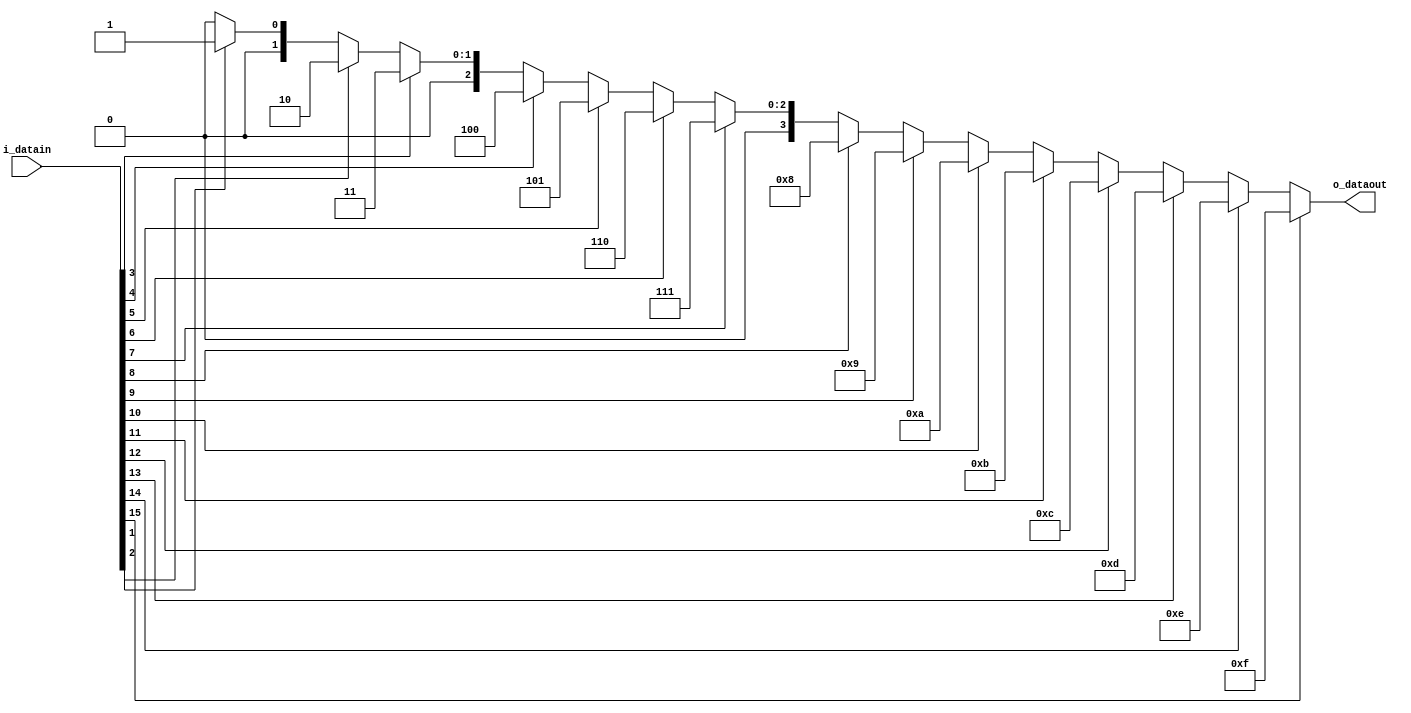


   module encoder_16(i_datain,o_dataout);
   input [15:0]i_datain;
   output reg [3:0] o_dataout = 0;
   
   always@(*)
     begin
	     if(i_datain[15])
		    o_dataout <= 15;
		 else if(i_datain[14])
            o_dataout <= 14;
         else if(i_datain[13])
            o_dataout <= 13;
         else if(i_datain[12])
            o_dataout <= 12;
	     else if(i_datain[11])
            o_dataout <= 11;
         else if(i_datain[10])
            o_dataout <= 10;
         else if(i_datain[9])
            o_dataout <= 9;	
         else if(i_datain[8])
            o_dataout <= 8;
		 else if(i_datain[7])
            o_dataout <= 7;	
         else if(i_datain[6])
            o_dataout <= 6;
         else if(i_datain[5])
            o_dataout <= 5;
         else if(i_datain[4])
            o_dataout <= 4;
	     else if(i_datain[3])
            o_dataout <= 3;
         else if(i_datain[2])
            o_dataout <= 2;
         else if(i_datain[1])
            o_dataout <= 1;	
         else if(i_datain[0])
            o_dataout <= 0;			
         else
            o_dataout <= 0;		 
	 end
	 
	endmodule